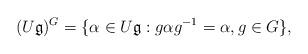
LaTeX: \begin{align*}(U\mathfrak{g})^G=\{\alpha\in U\mathfrak{g}: g\alpha g^{-1}=\alpha, g\in G\}, \end{align*}